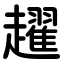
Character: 趯